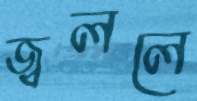
জ্বললে